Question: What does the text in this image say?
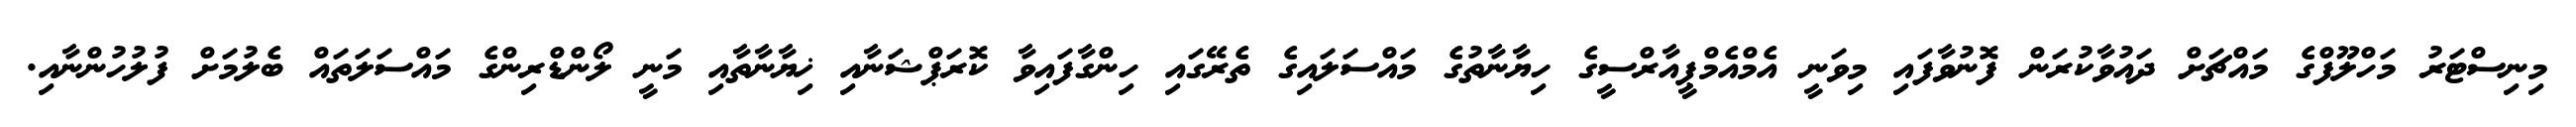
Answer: މިނިސްޓަރު މަހްލޫފްގެ މައްޗަށް ދައުވާކުރަން ފޮނުވާފައި މިވަނީ އެމްއެމްޕީއާރްސީގެ ހިޔާނާތުގެ މައްސަލައިގެ ތެރޭގައި ހިންގާފައިވާ ކޮރަޕްޝަނާއި ޚިޔާނާތާއި މަނީ ލޯންޑްރިންގެ މައްސަލަތައް ބެލުމަށް ފުލުހުންނާއި.